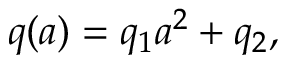
q ( a ) = q _ { 1 } a ^ { 2 } + q _ { 2 } ,